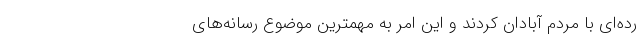
رده‌ای با مردم آبادان کردند و این امر به مهمترین موضوع رسانه‌های